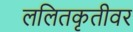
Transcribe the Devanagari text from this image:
ललितकृतीवर